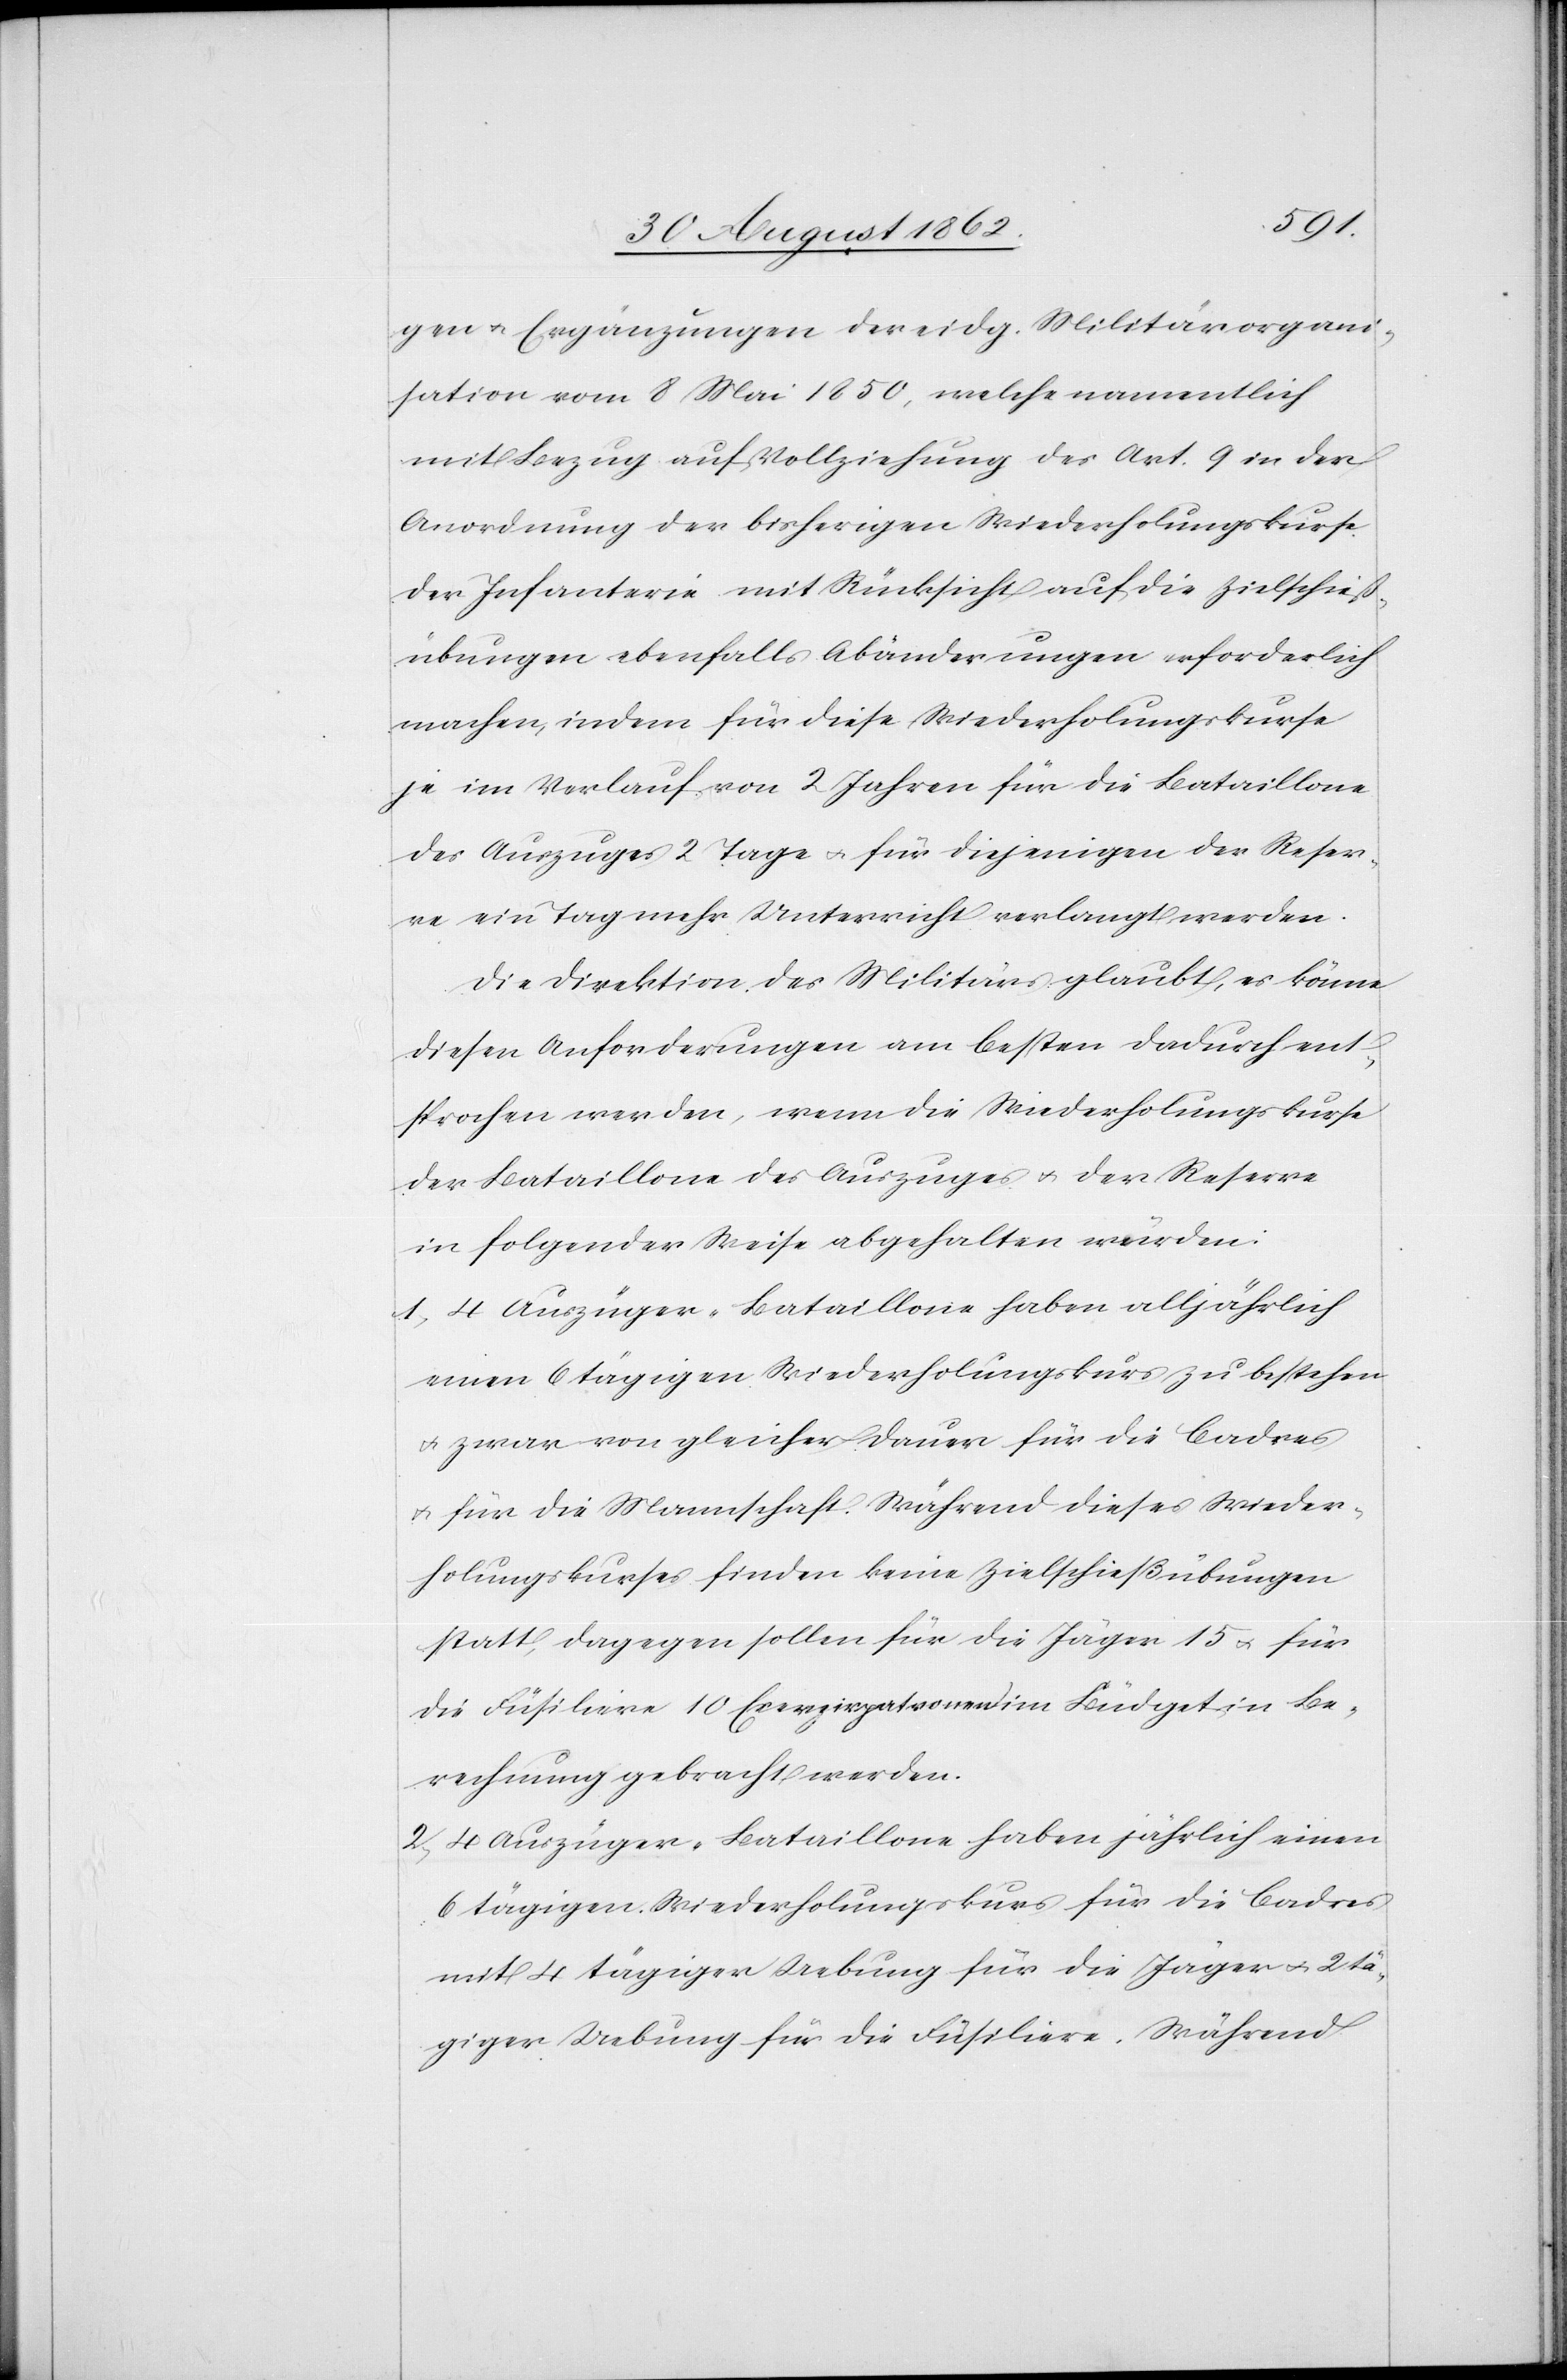
gen u. Ergänzungen der eidg. Militärorgani¬
sationen vom 8. Mai 1850, welche namentlich
mit Bezug auf Vollziehung des Art. 9 in der
Anordnung der bisherigen Wiederholungskurse
der Infanterie mit Rücksicht auf die Zielschieß¬
übungen ebenfalls Abänderungen erforderlich
machen, indem für diese Wiederholungskurse
je im Verlauf von 2 Jahren für die Bataillone
des Auszuges 2 Tage u. für diejenigen der Reser¬
ve ein Tag mehr Unterricht verlangt werden.
Die Direktion des Militärs glaubt, es könne
diesen Anforderungen am besten dadurch ent¬
sprochen werden, wenn die Widerholungskurse
der Bataillone des Auszuges u. der Reserve
in folgender Weise abgehalten würden:
1. 4 Auszüger-Bataillone haben alljährlich
einen 6 tägigen Wiederholungskurs zu bestehen
u. zwar von gleicher Dauer für die Cadres
u. für die Mannschaft. Während dieses Wieder¬
holungskurses finden keine Zielschießübungen
statt, dagegen sollen für die Jäger 15 u. für
die Füsiliere 10 Exerzierpatronen im Büdget in Be¬
rechnung gebracht werden.
2. 4 Auszüger-Bataillone haben jährlich einen
6 tägigen Wiederholungskurs für die Cadres
mit 4 tägiger Uebung für die Jäger 2 tä¬
giger Uebung für die Füsiliere. Während